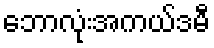
ဘောလုံးအကယ်ဒမီ